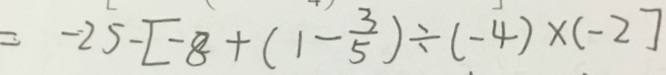
= - 2 5 - [ - 8 + ( 1 - \frac { 3 } { 5 } ) \div ( - 4 ) \times ( - 2 ) ]